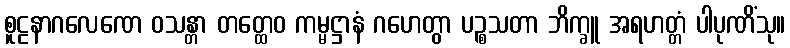
စူဠနာဂလေဏေ ဝသန္တာ တတ္ထေဝ ကမ္မဋ္ဌာနံ ဂဟေတွာ ပဉ္စသတာ ဘိက္ခူ အရဟတ္တံ ပါပုဏိံသု။